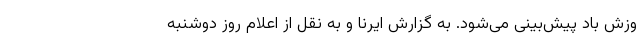
وزش باد پیش‌بینی می‌شود. به گزارش ایرنا و به نقل از اعلام روز دوشنبه